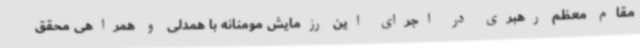
مقام معظم رهبری در اجرای این رزمایش مومنانه با همدلی و همراهی محقق